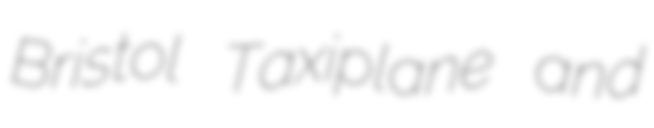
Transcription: Bristol Taxiplane and